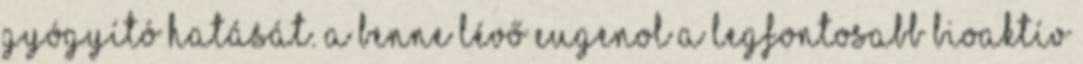
gyógyító hatását. A benne lévő eugenol a legfontosabb bioaktív